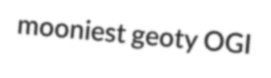
mooniest geoty OGI